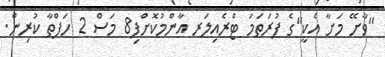
"ވާށޭ މަށާ އެކީ"ގެ ފުރަތަމަ ޓްރެއިލަރ އާންމުކޮށްފި8 މަސް 2 ހަފްތާ ކުރިން.